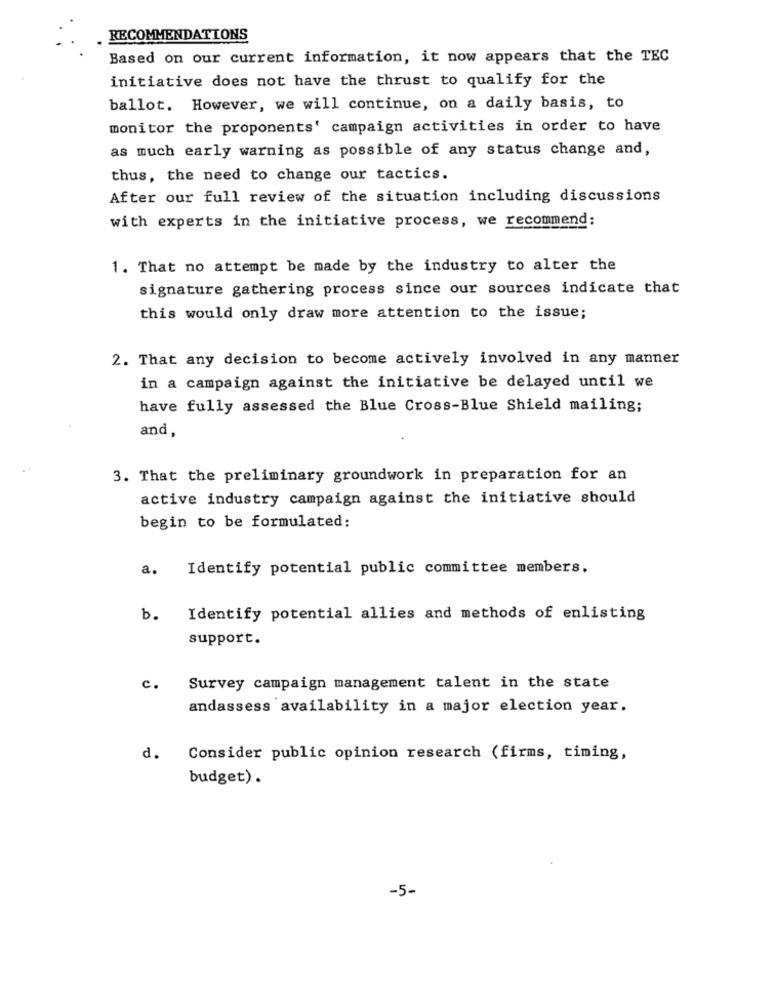
RECOMMENDATIONS
Based on our current information, it now appears that the TEC
initiative does not have the thrust to qualify for the
ballot. However, we will continue, on a daily basis, to
monitor the proponents' campaign activities in order to have
as much early warning as possible of any status change and,
thus, the need to change our tactics.
After our full review of the situation including discussions
with experts in the initiative process, we recommend;
1. That no attempt be made by the industry to alter the
signature gathering process since our sources indicate that
this would only draw more attention to the issue;
2. That any decision to become actively involved in any manner
in a campaign against the initiative be delayed until we
have fully assessed the Blue Cross-Blue Shield mailing;
and,
3. That the preliminary groundwork in preparation for an
active industry campaign against the initiative should
begin to be formulated:
a.
Identify potential public committee members.
b.
Identify potential allies and methods of enlisting
support.
c.
Survey campaign management talent in the state
andassess availability in a major election year.
d.
Consider public opinion research (firms, timing,
budget) .
-5-